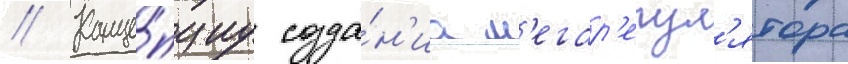
// Конце́пциу созда́н'иа м'егар'егул'ятора